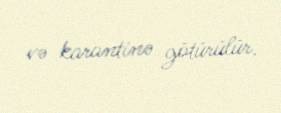
və karantinə götürülür.